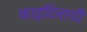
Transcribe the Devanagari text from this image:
काइटिनायी